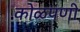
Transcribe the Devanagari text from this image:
कोळपणी